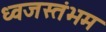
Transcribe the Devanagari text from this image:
ध्‍वजस्‍तंभम